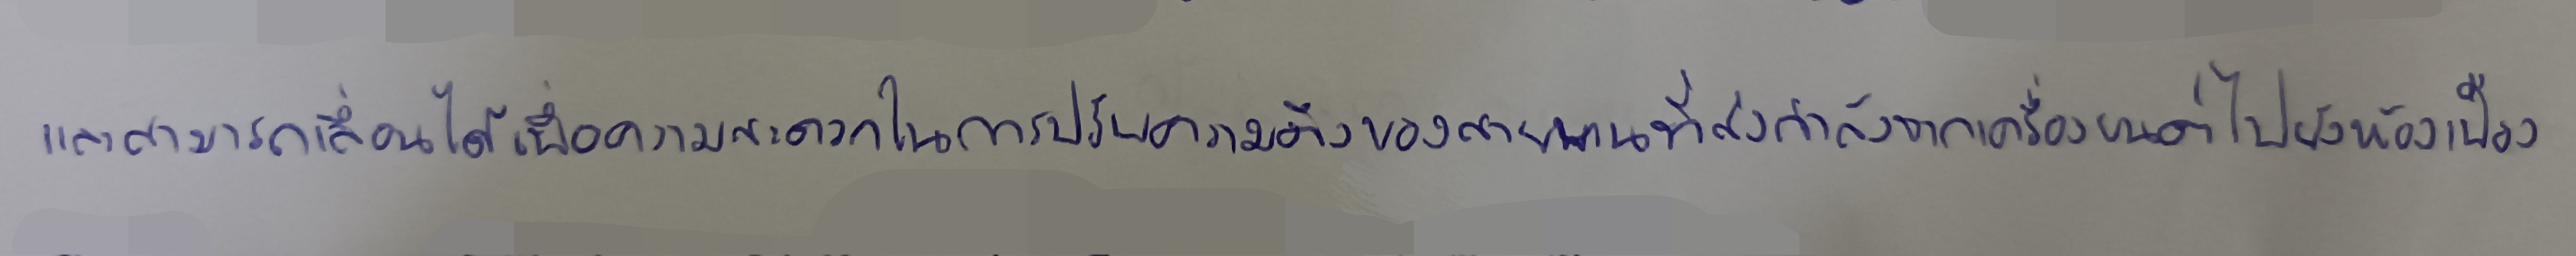
และสามารถเลื่อนได้เพื่อความสะดวกในการปรับความตึงของสายพานที่ส่งกำลังจากเครื่องยนต์ไปยังห้องเฟือง